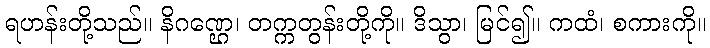
ရဟန်းတို့သည်။ နိဂဏ္ဌေ၊ တက္ကတွန်းတို့ကို။ ဒိသွာ၊ မြင်၍။ ကထံ၊ စကားကို။